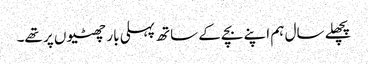
پچھلے سال ہم اپنے بچے کے ساتھ پہلی بار چھٹیوں پر تھے۔